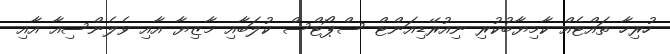
ހުރިހާ ތައްޓެއް ކާމިޔާބުކުރި ނިއުރޭޑިއަންޓް ސްޕޯޓްސް ކުލަބާއި މާޒިޔާ އާއި ވެލެންސިއާ އާއި